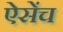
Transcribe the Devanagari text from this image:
ऐसेंच